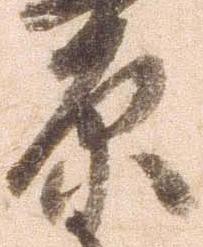
原